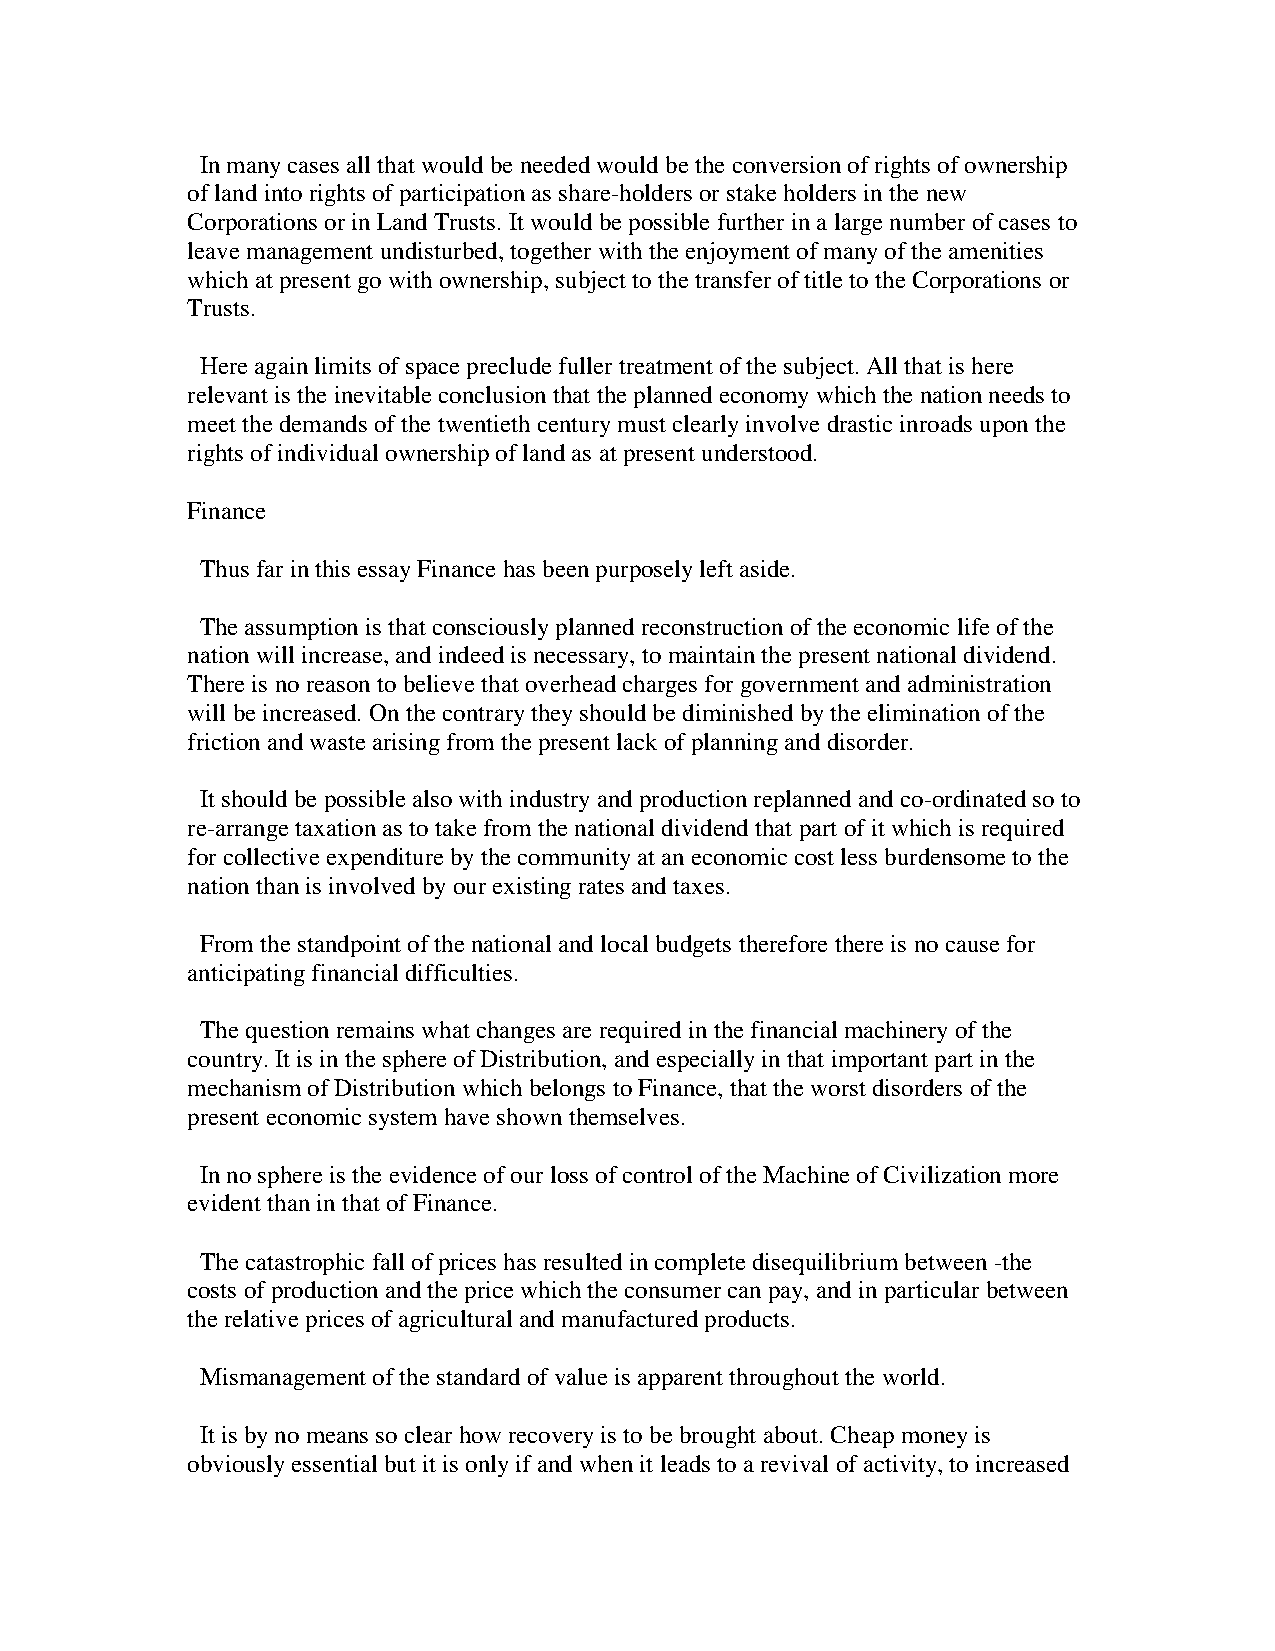
In many cases all that would be needed would be the conversion of rights of ownership
 of land into rights of participation as share-holders or stake holders in the new
 Corporations or in Land Trusts. It would be possible further in a large number of cases to
 leave management undisturbed, together with the enjoyment of many of the amenities
 which at present go with ownership, subject to the transfer of title to the Corporations or
 Trusts.
 Here again limits of space preclude fuller treatment of the subject. All that is here
 relevant is the inevitable conclusion that the planned economy which the nation needs to
 meet the demands of the twentieth century must clearly involve drastic inroads upon the
 rights of individual ownership of land as at present understood.
 Finance
 Thus far in this essay Finance has been purposely left aside.
 The assumption is that consciously planned reconstruction of the economic life of the
 nation will increase, and indeed is necessary, to maintain the present national dividend.
 There is no reason to believe that overhead charges for government and administration
 will be increased. On the contrary they should be diminished by the elimination of the
 friction and waste arising from the present lack of planning and disorder.
 It should be possible also with industry and production replanned and co-ordinated so to
 re-arrange taxation as to take from the national dividend that part of it which is required
 for collective expenditure by the community at an economic cost less burdensome to the
 nation than is involved by our existing rates and taxes.
 From the standpoint of the national and local budgets therefore there is no cause for
 anticipating financial difficulties.
 The question remains what changes are required in the financial machinery of the
 country. It is in the sphere of Distribution, and especially in that important part in the
 mechanism of Distribution which belongs to Finance, that the worst disorders of the
 present economic system have shown themselves.
 In no sphere is the evidence of our loss of control of the Machine of Civilization more
 evident than in that of Finance.
 The catastrophic fall of prices has resulted in complete disequilibrium between -the
 costs of production and the price which the consumer can pay, and in particular between
 the relative prices of agricultural and manufactured products.
 Mismanagement of the standard of value is apparent throughout the world.
 It is by no means so clear how recovery is to be brought about. Cheap money is
 obviously essential but it is only if and when it leads to a revival of activity, to increased